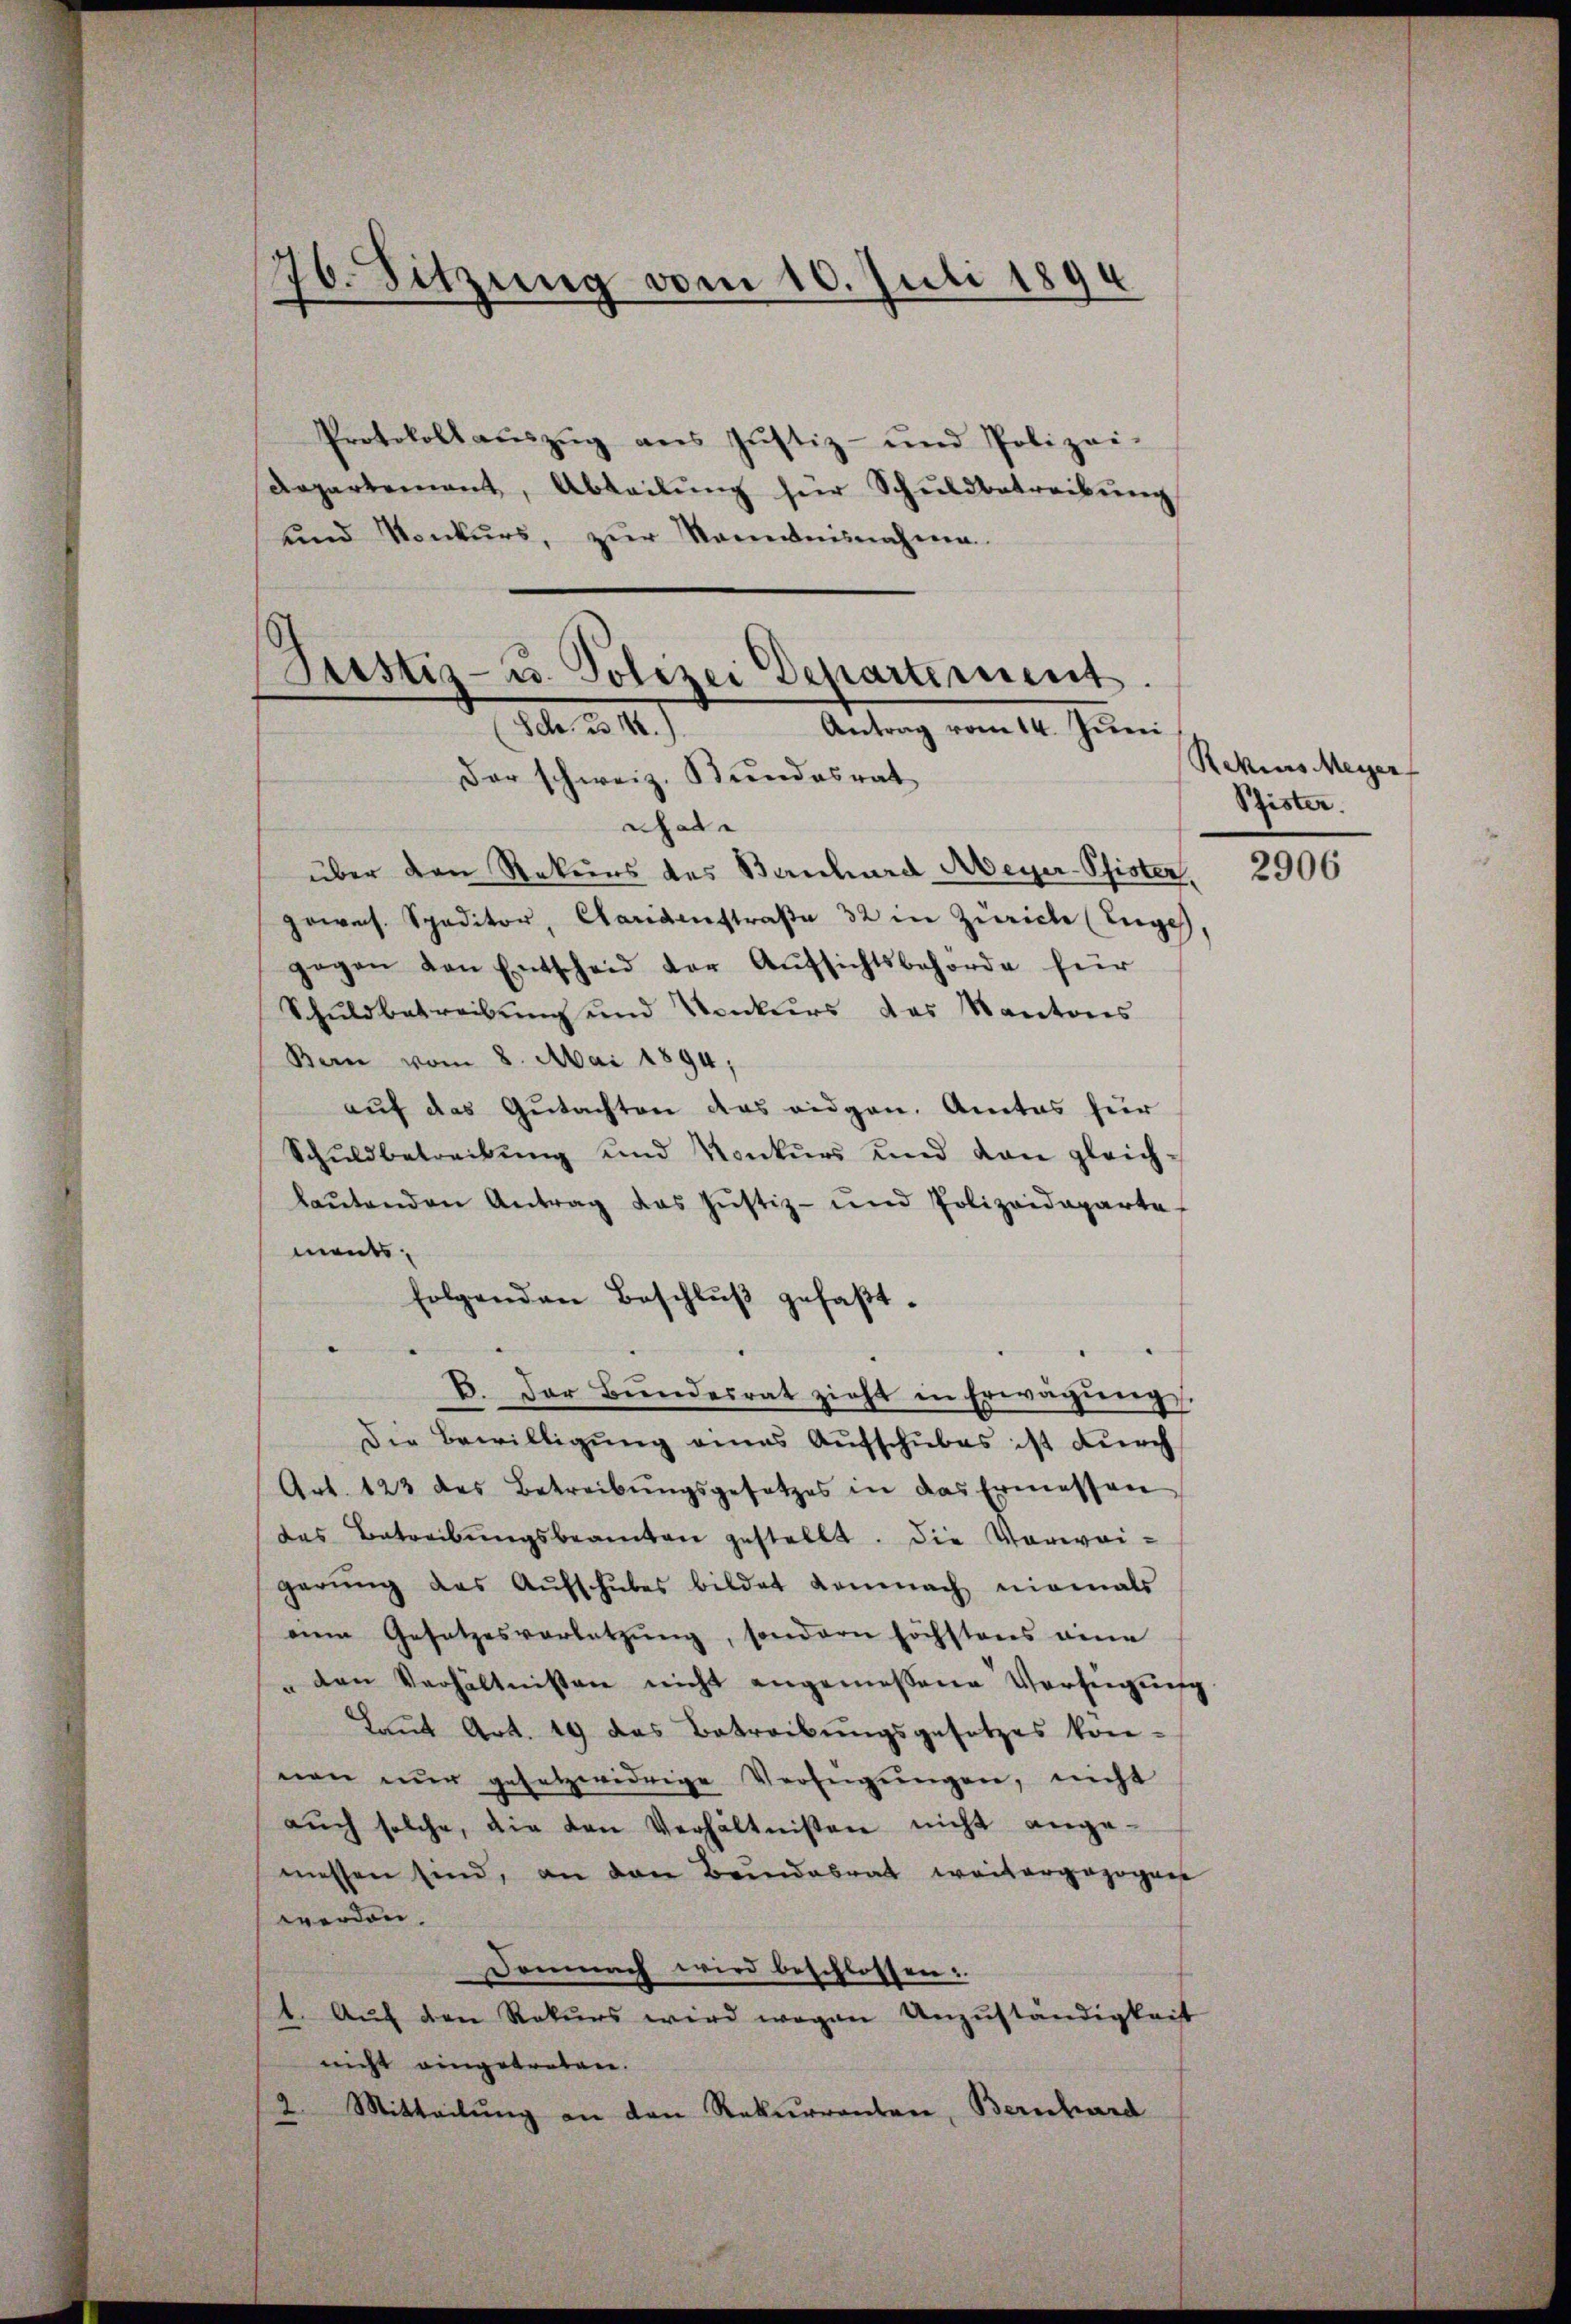
76. Sitzung vom 16. Juli 1894

Protokoll aŭszŭg ans Jŭstiz- und Polizei-
departement, Abteilŭng für Schuldbetreibŭng
und Konkurs, zŭr Nominisnahme.

Justiz- u. Polizei Departement.
1te 2. 140.)
Antrag vom 14. Juni
Der schweiz. Bundesrat
nchale

über den Rekurs des Bernhard Meyer-Pfisten,
gewes. Speditor, Carigenstraße 32 in Zürich (Enge
gegen von Entscheid der Aŭfsichtsbehörde für
Schuldbetreibung und Konkurs das Kantons
Bern vom 8. Mai 1894;
auf das Gutachten das eidgen. Amtes für
Schuldbetreibŭng und Konkurs und von gleich-
laŭtenden Antrag das Jŭstiz- und Polizeideparte
ments,
folgenden Beschlŭβ gefaβt.
E. Der Bundesrat zieht in Erwägung
Die Bewilligung eines Aufschubes ist durch
Art. 123 des Betreibŭngsgesetzes in das Ermessen
das Betreibŭngsbeamten gestellt. Die Vorwei-
gerŭng das Aŭfschŭbes bildet demnach niemals
nem Gesetzesverletzŭng, sondern höchstens eine
" den Verhältnissen nicht angemessene Verfügung
Laŭt Art. 19 das Betreibungsgesetzes kon-
nen nŭr gesetzwidrige Verfügŭngen, nicht
aŭch solche, die den Verhältnißen nicht ange-
messen sind, an den Bundesrat weitergezogene
werden.
Demnach wird beschlossen:
1. Aŭf den Rekurs wird wegen Anzŭständigkeit
nicht eingetreten.
2 Mitteilŭng an den Rekurrenten, Bernhard

Rekius Meyer
Pfister.

2906